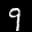
Digit: 9